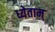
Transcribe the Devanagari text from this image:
ध्येताम्